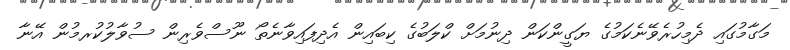
މަގާމުގައި ދެމިހުރެވޭނެކަމުގެ ޔަގީންކަން ދިނުމަށް ކްލަބުގެ ކިބައިން އެދިފައިވާނެތޯ ނޫސްވެރިން ސުވާލުކުރމުން އޭނާ